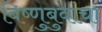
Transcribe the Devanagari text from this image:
बिष्णुबुवांचा